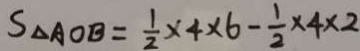
S _ { \Delta A O B } = \frac { 1 } { 2 } \times 4 \times 6 - \frac { 1 } { 2 } \times 4 \times 2